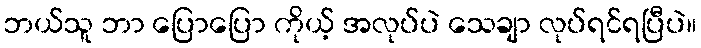
ဘယ်သူ ဘာ ပြောပြော ကိုယ့် အလုပ်ပဲ သေချာ လုပ်ရင်ရပြီပဲ။